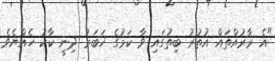
"އެ ރާރުއްތައް އުތުރު ބިތުގައި ވާ ކަމުގެ ޚަބަރު ދިނީ ކާކު ހެއްޔެވެ